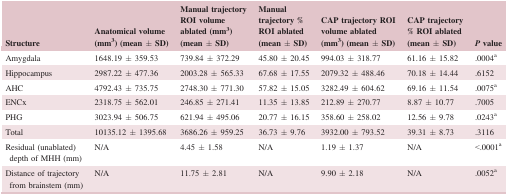
| Structure | Anatomical volume (mm3) (mean ± SD) | Manual trajectory ROI volume ablated (mm3) (mean ± SD) | Manual trajectory % ROI ablated (mean ± SD) | CAP trajectory ROI volume ablated (mm3) (mean ± SD) | CAP trajectory % ROI ablated (mean ± SD) | P value |
 | --- | --- | --- | --- | --- | --- | --- |
 | Amygdala | 1648.19 ± 359.53 | 739.84 ± 372.29 | 45.80 ± 20.45 | 994.03 ± 318.77 | 61.16 ± 15.82 | .0004a |
 | Hippocampus | 2987.22 ± 477.36 | 2003.28 ± 565.33 | 67.68 ± 17.55 | 2079.32 ± 488.46 | 70.18 ± 14.44 | .6152 |
 | AHC | 4792.43 ± 735.75 | 2748.30 ± 771.30 | 57.82 ± 15.05 | 3282.49 ± 604.62 | 69.16 ± 11.54 | .0075a |
 | ENCx | 2318.75 ± 562.01 | 246.85 ± 271.41 | 11.35 ± 13.85 | 212.89 ± 270.77 | 8.87 ± 10.77 | .7005 |
 | PHG | 3023.94 ± 506.75 | 621.94 ± 495.06 | 20.77 ± 16.15 | 358.60 ± 258.02 | 12.56 ± 9.78 | .0243a |
 | Total | 10135.12 ± 1395.68 | 3686.26 ± 959.25 | 36.73 ± 9.76 | 3932.00 ± 793.52 | 39.31 ± 8.73 | .3116 |
 | Residual (unablated) depth of MHH (mm) | N/A | 4.45 ± 1.58 | N/A | 1.19 ± 1.37 | N/A | <.0001a |
 | Distance of trajectory from brainstem (mm) | N/A | 11.75 ± 2.81 | N/A | 9.90 ± 2.18 | N/A | .0052a |